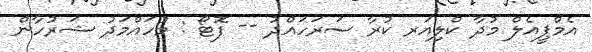
އެމްޕީއެލް މުދާ ކްލިއަރ ކުރާ ސަރަހައްދު -- ފޮޓޯ : މުހައްމަދު ޝަރުހާން